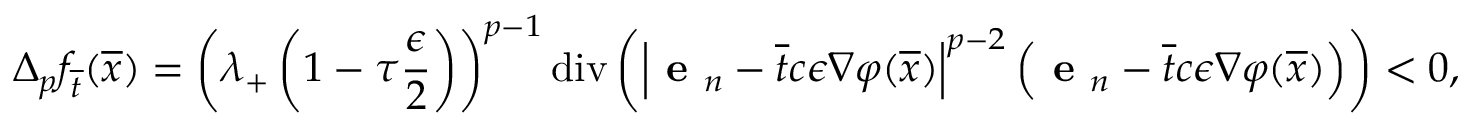
\Delta _ { p } f _ { \overline { { t } } } ( \overline { { x } } ) = \left( \lambda _ { + } \left( 1 - \tau \frac { \epsilon } { 2 } \right) \right) ^ { p - 1 } \mathrm { d i v } \left( \left| \textbf { e } _ { n } - \overline { { t } } c \epsilon \nabla \varphi ( \overline { { x } } ) \right| ^ { p - 2 } \left( \textbf { e } _ { n } - \overline { { t } } c \epsilon \nabla \varphi ( \overline { { x } } ) \right) \right) < 0 ,